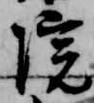
院